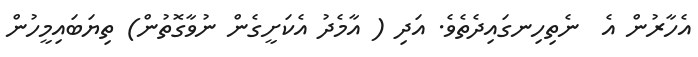
އެހާރުން އެ  ނެތިހިނގައިދެތެވެ. އަދި ( އާމެދު އެކަށީގެން ނުވާގޮތުން) ތިޔަބައިމީހުން